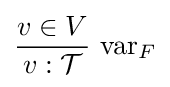
{\frac {v\in V}{v:{\mathcal {T}}}}{\hbox{ var}}_{F}